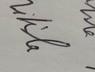
Signature authenticity: genuine